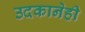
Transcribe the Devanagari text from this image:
उदकानेही